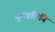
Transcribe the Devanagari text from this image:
कुण्डलिनि